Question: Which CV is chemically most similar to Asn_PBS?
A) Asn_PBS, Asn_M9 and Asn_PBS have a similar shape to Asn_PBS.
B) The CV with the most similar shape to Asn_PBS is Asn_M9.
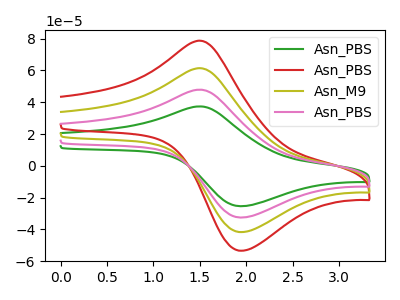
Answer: <think>The green curve "Asn_PBS" has an anodic peak at (1.50V, 37.40uA) and a cathodic peak at (1.95V, -25.35uA). The red curve "Asn_PBS" has an anodic peak at (1.50V, 143.85uA) and a cathodic peak at (1.95V, -97.50uA). The olive curve "Asn_M9" has an anodic peak at (1.50V, 95.90uA) and a cathodic peak at (1.95V, -65.00uA). The pink curve "Asn_PBS" has an anodic peak at (1.50V, 47.95uA) and a cathodic peak at (1.95V, -32.50uA).
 All the peaks in "Asn_PBS" have a peak in "Asn_PBS" at the same potential. Every peak in "Asn_PBS" is lower than every peak in "Asn_PBS". All the peaks in "Asn_PBS" have a peak in "Asn_M9" at the same potential. Every peak in "Asn_PBS" is lower than every peak in "Asn_M9". All the peaks in "Asn_PBS" have a peak in "Asn_PBS" at the same potential. Every peak in "Asn_PBS" is lower than every peak in "Asn_PBS". All the peaks in "Asn_PBS" have a peak in "Asn_M9" at the same potential. Every peak in "Asn_PBS" is higher than every peak in "Asn_M9". All the peaks in "Asn_PBS" have a peak in "Asn_PBS" at the same potential. Every peak in "Asn_PBS" is higher than every peak in "Asn_PBS". All the peaks in "Asn_M9" have a peak in "Asn_PBS" at the same potential. Every peak in "Asn_M9" is higher than every peak in "Asn_PBS".</think>
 <answer>A) "Asn_PBS", "Asn_M9" and "Asn_PBS" have a similar shape to "Asn_PBS".</answer>
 <eval>A</eval>